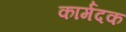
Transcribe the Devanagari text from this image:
कार्मदक